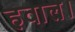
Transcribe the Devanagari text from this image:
हवाल।